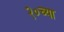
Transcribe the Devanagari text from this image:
२०च्या